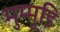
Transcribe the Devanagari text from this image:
मुम्मुडि